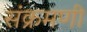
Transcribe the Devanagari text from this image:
संक्रमणी